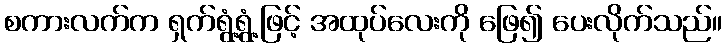
စကားလက်က ရှက်ရွံ့ရွံ့ဖြင့် အထုပ်လေးကို ဖြေ၍ ပေးလိုက်သည်။